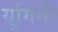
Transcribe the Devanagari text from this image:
यूगिनी